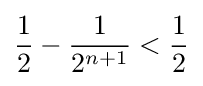
{\frac {1}{2}}-{\frac {1}{2^{n+1}}}<{\frac {1}{2}}